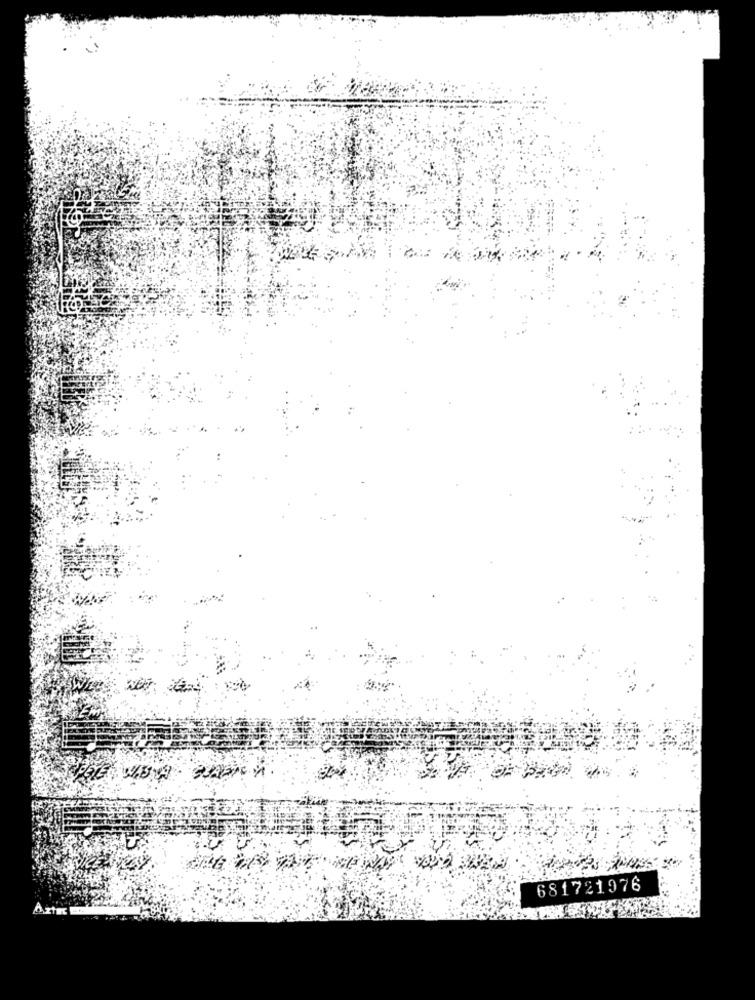
681721976